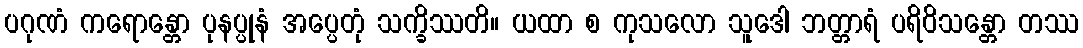
ပဂုဏံ ကရောန္တော ပုနပ္ပုနံ အပ္ပေတုံ သက္ခိဿတိ။ ယထာ စ ကုသလော သူဒေါ ဘတ္တာရံ ပရိဝိသန္တော တဿ